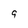
Character: 9